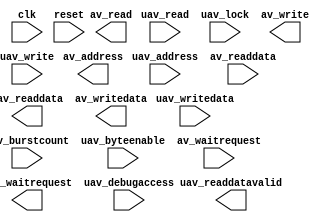
module nios_tx_pll_rcfg_mgmt_translator #(
		parameter AV_ADDRESS_W                   = 10,
		parameter AV_DATA_W                      = 32,
		parameter UAV_DATA_W                     = 32,
		parameter AV_BURSTCOUNT_W                = 1,
		parameter AV_BYTEENABLE_W                = 4,
		parameter UAV_BYTEENABLE_W               = 4,
		parameter UAV_ADDRESS_W                  = 12,
		parameter UAV_BURSTCOUNT_W               = 3,
		parameter AV_READLATENCY                 = 0,
		parameter USE_READDATAVALID              = 0,
		parameter USE_WAITREQUEST                = 1,
		parameter USE_UAV_CLKEN                  = 0,
		parameter USE_READRESPONSE               = 0,
		parameter USE_WRITERESPONSE              = 0,
		parameter AV_SYMBOLS_PER_WORD            = 4,
		parameter AV_ADDRESS_SYMBOLS             = 0,
		parameter AV_BURSTCOUNT_SYMBOLS          = 0,
		parameter AV_CONSTANT_BURST_BEHAVIOR     = 0,
		parameter UAV_CONSTANT_BURST_BEHAVIOR    = 0,
		parameter AV_REQUIRE_UNALIGNED_ADDRESSES = 0,
		parameter CHIPSELECT_THROUGH_READLATENCY = 0,
		parameter AV_READ_WAIT_CYCLES            = 1,
		parameter AV_WRITE_WAIT_CYCLES           = 0,
		parameter AV_SETUP_WAIT_CYCLES           = 0,
		parameter AV_DATA_HOLD_CYCLES            = 0,
		parameter WAITREQUEST_ALLOWANCE          = 0,
		parameter SYNC_RESET                     = 0
	) (
		input  wire        clk,               //                      clk.clk
		input  wire        reset,             //                    reset.reset
		input  wire [11:0] uav_address,       // avalon_universal_slave_0.address
		input  wire [2:0]  uav_burstcount,    //                         .burstcount
		input  wire        uav_read,          //                         .read
		input  wire        uav_write,         //                         .write
		output wire        uav_waitrequest,   //                         .waitrequest
		output wire        uav_readdatavalid, //                         .readdatavalid
		input  wire [3:0]  uav_byteenable,    //                         .byteenable
		output wire [31:0] uav_readdata,      //                         .readdata
		input  wire [31:0] uav_writedata,     //                         .writedata
		input  wire        uav_lock,          //                         .lock
		input  wire        uav_debugaccess,   //                         .debugaccess
		output wire [9:0]  av_address,        //      avalon_anti_slave_0.address
		output wire        av_write,          //                         .write
		output wire        av_read,           //                         .read
		input  wire [31:0] av_readdata,       //                         .readdata
		output wire [31:0] av_writedata,      //                         .writedata
		input  wire        av_waitrequest     //                         .waitrequest
	);
endmodule